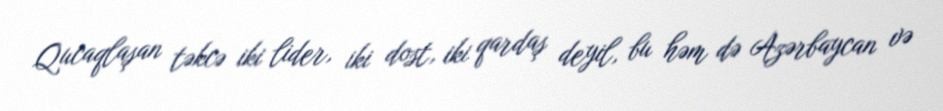
Qucaqlaşan təkcə iki lider, iki dost, iki qardaş deyil, bu həm də Azərbaycan və